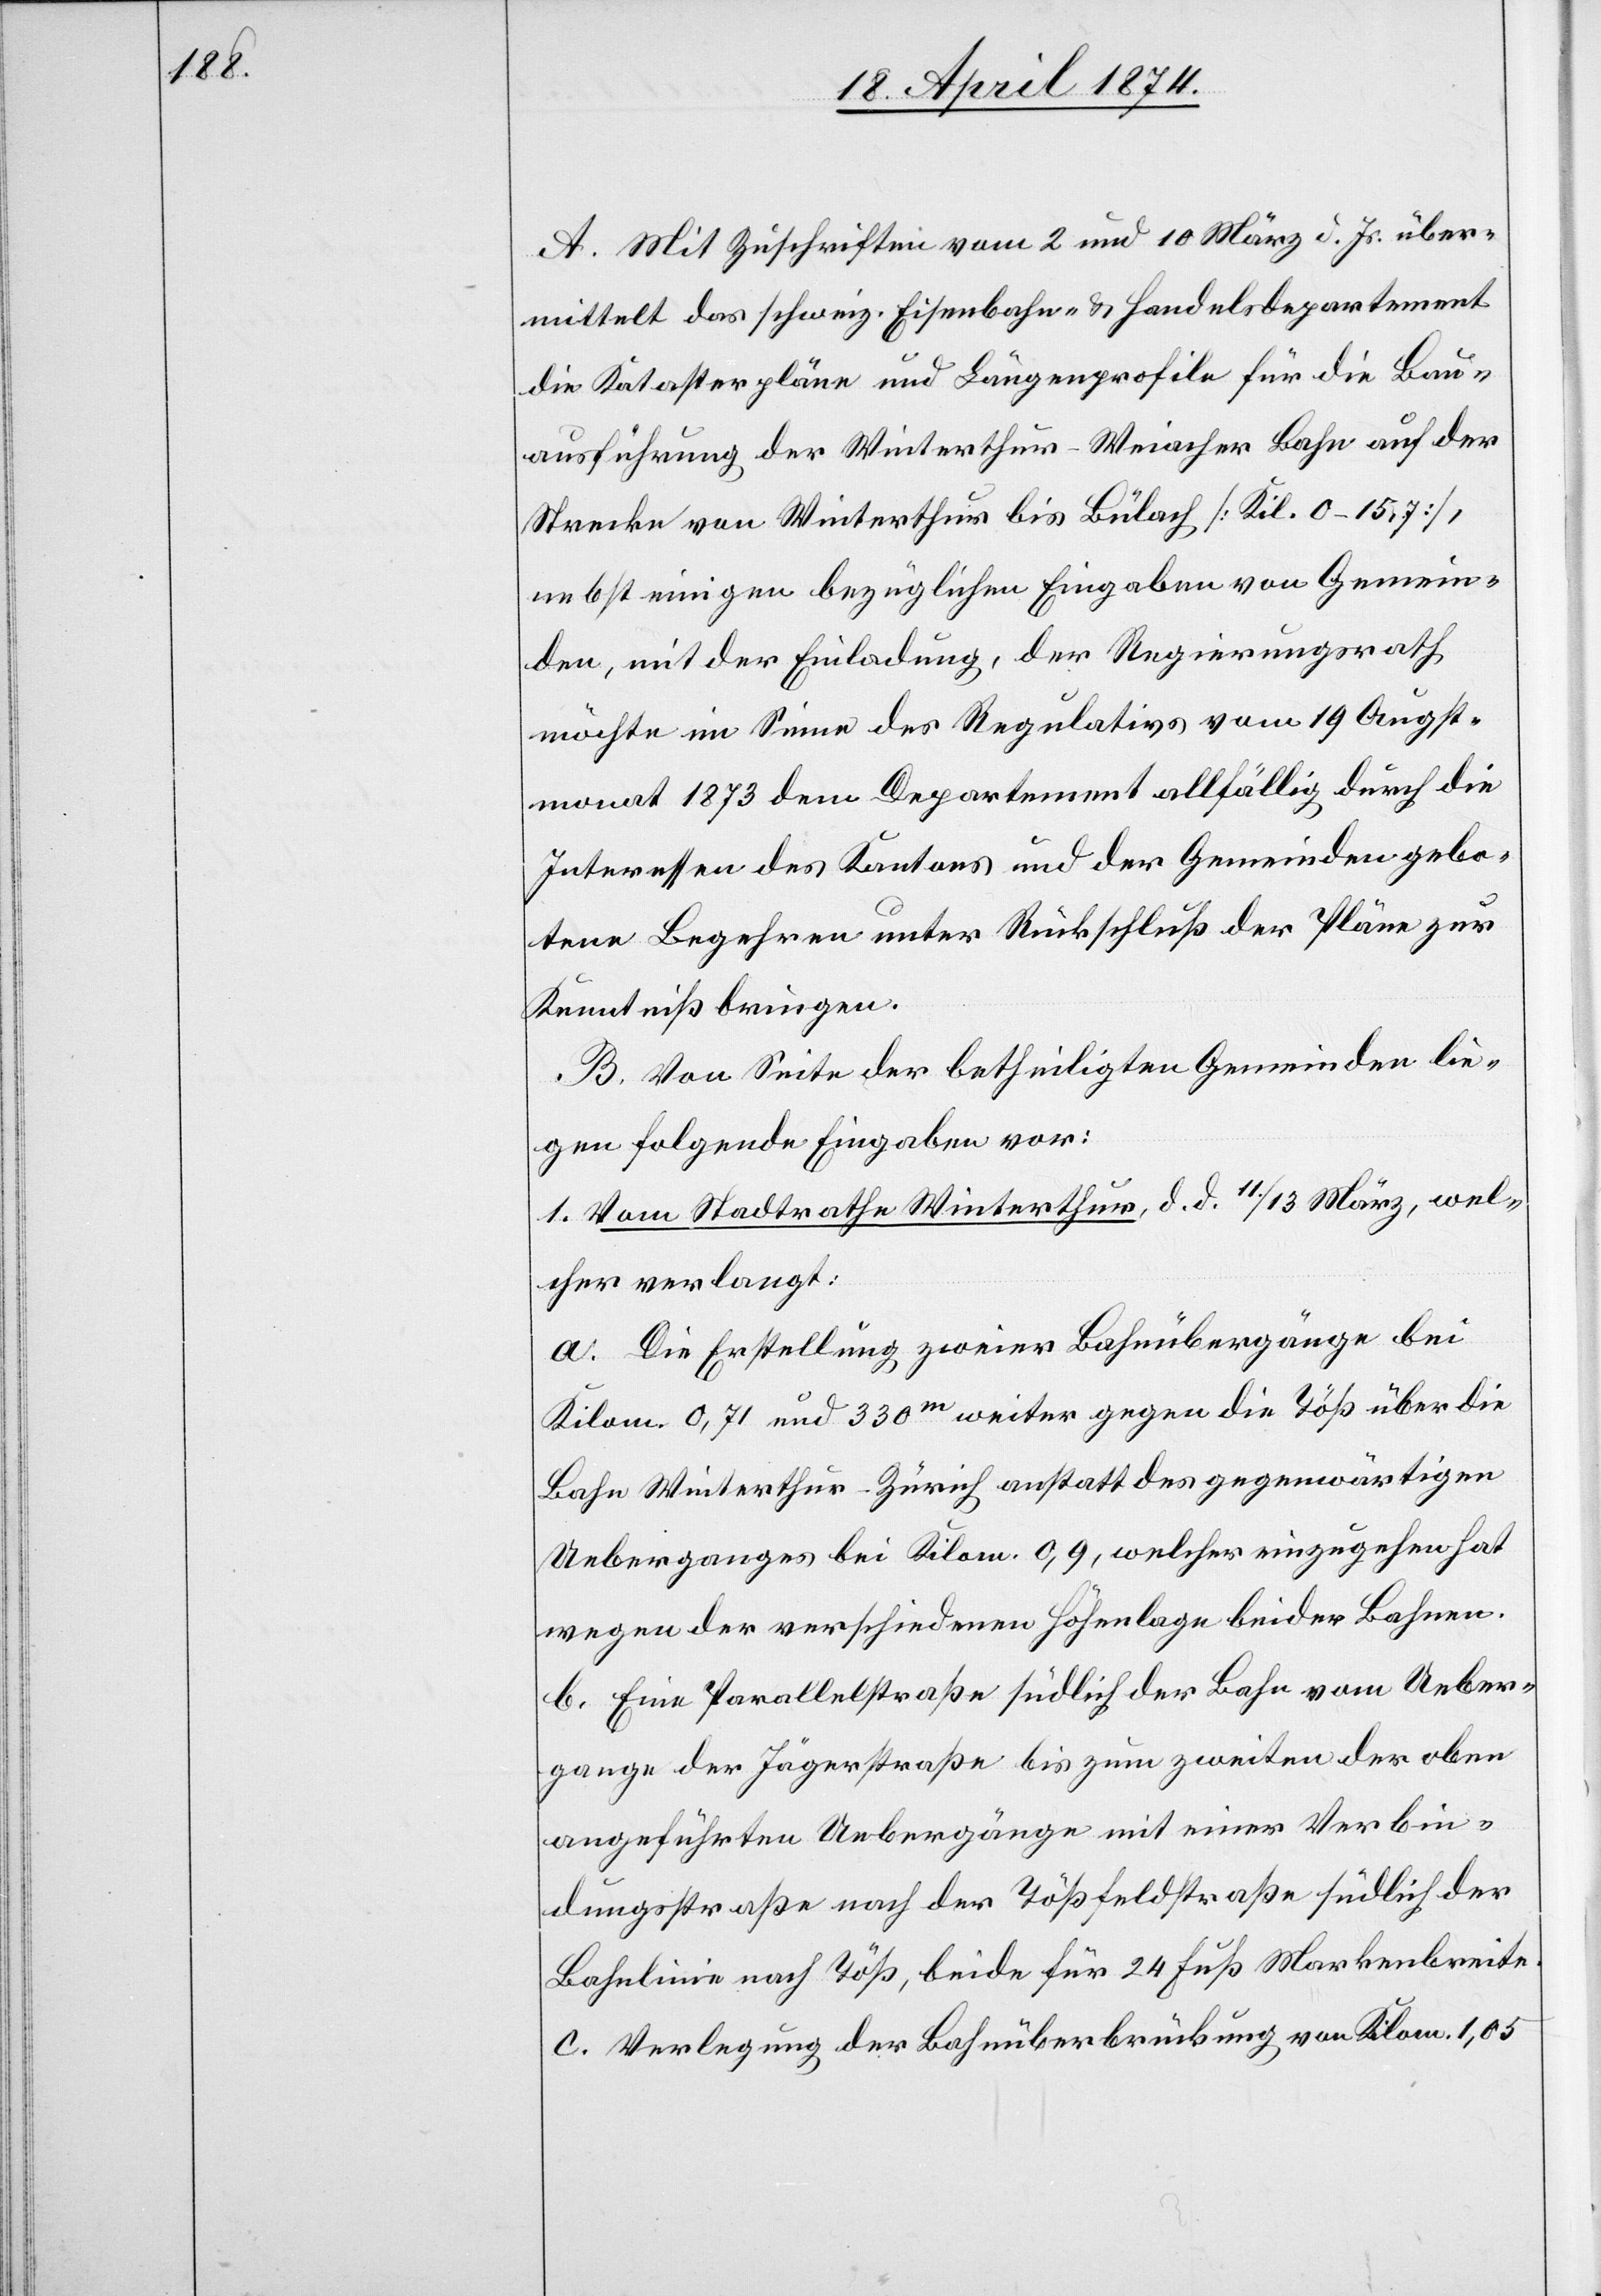
A. Mit Zuschriften vom 2. und 10. März d. Js. über¬
mittelt das schweiz. Eisenbahn-u. Handelsdepartement
die Katasterpläne und Längenprofile für die Bau¬
ausführung der Winterthur-Weiacher Bahn auf der
Strecke von Winterthur bis Bülach [Kil. 0–15,7],
nebst einigen bezüglichen Eingaben von Gemein¬
den, mit der Einladung, der Regierungsrath
möchte im Sinne des Regulativs vom 19. Augst¬
monat 1873 dem Departement allfällig durch die
Interessen des Kantons und der Gemeinden gebo¬
tene Begehren unter Rückschluß der Pläne zur
Kenntniß bringen.
B. Von Seite der betheiligten Gemeinden lie¬
gen folgende Eingaben vor:
1. Vom Stadtrathe Winterthur, d. d. 11./13. März, wel¬
cher verlangt:
a. Die Erstellung zweier Bahnübergänge bei
Kilom. 0,71 und 330m weiter gegen die Töß über die
Bahn Winterthur-Zürich anstatt des gegenwärtigen
Ueberganges bei Kilom. 0,9, welcher einzugehen hat
wegen der verschiedenen Höhenlage beider Bahnen.
b. Eine Parallelstraße südlich der Bahn vom Ueber¬
gange der Jägerstraße bis zum zweiten der oben
angeführten Uebergänge mit einer Verbin¬
dungsstraße nach der Tößfeldstraße südlich der
Bahnlinie nach Töß, beide für 24 Fuß Markenbreite.
c. Verlegung der Bahnüberbrückung von Kilom. 1,05